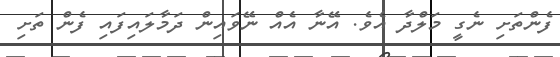
ފެންތަށި ނެގީ މަލްދާ އެވެ. އޭނާ އެއް ނޭވައިން ދަމާލައިފައި ފެން ތަށި